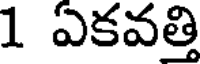
1 ఏకవత్తి